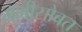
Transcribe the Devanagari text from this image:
ग्रॅमीसोबत